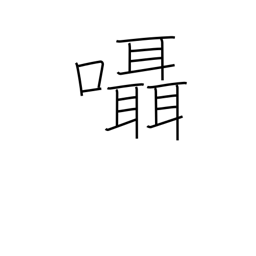
Meaning: murmur